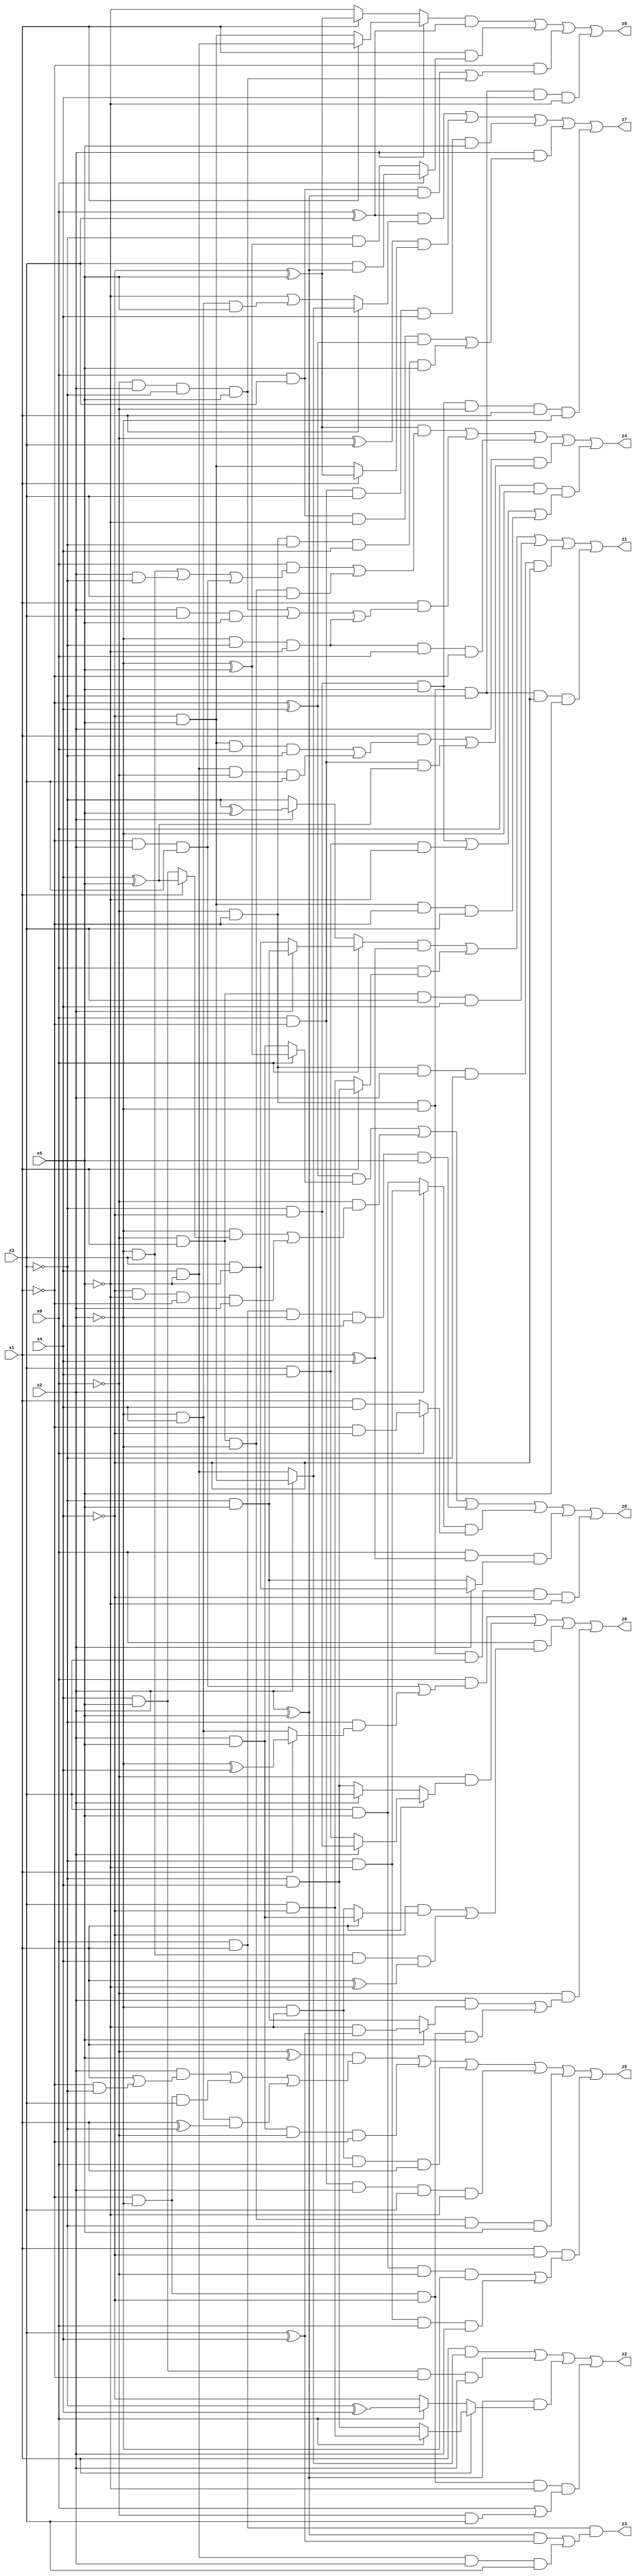
// Benchmark "X_53" written by ABC on Tue Jun 06 22:26:30 2023

module X_53 ( 
    x0, x1, x2, x3, x4, x5,
    z0, z1, z2, z3, z4, z5, z6, z7, z8  );
  input  x0, x1, x2, x3, x4, x5;
  output z0, z1, z2, z3, z4, z5, z6, z7, z8;
  assign z0 = ((x2 ? (x1 ? (x4 & ~x5) : (~x4 & x5)) : (x1 ? (~x4 ^ x5) : ~x5)) & (x0 ^ x3)) | (x1 & (x0 ? (x3 & (x2 ^ x5)) : (~x3 & (~x2 ^ x5)))) | (~x1 & ((x0 & x3 & (x2 ^ x5)) | (~x0 & x2 & ~x3 & x5))) | (~x0 & ~x1 & ~x2 & ~x3 & x4 & ~x5);
  assign z1 = ((x0 ? (x2 ? (~x3 & x5) : (x3 & ~x5)) : (x2 ? (~x3 ^ x5) : ~x3)) & (x1 ^ x4)) | (x0 & (x1 ? (~x3 & x4) : (x3 & ~x4))) | (~x0 & x1 & x3 & x4) | (~x0 & ~x1 & x2 & ~x3 & ~x4) | (~x0 & ~x1 & ~x2 & ~x3 & ~x4 & x5);
  assign z2 = (x1 & (x2 ? (~x4 & x5) : (x4 & ~x5))) | (x4 & x5 & ~x1 & x2) | ((x2 ^ x5) & (x1 ? (x0 ? (x3 & ~x4) : (~x3 & x4)) : (x0 ? (~x3 ^ x4) : ~x4))) | (~x1 & ~x2 & ~x4 & ~x5 & (x0 | (~x0 & x3)));
  assign z3 = x0 & x1 & (((x2 ^ x5) & (x3 ^ x4)) | (x4 & ~x5 & x2 & x3));
  assign z4 = ((~x4 ^ x5) & ((x0 & ((~x2 & x3) | (x2 & ~x3) | (~x1 & x2 & x3))) | (~x0 & x1 & ~x2 & x3))) | (x1 & ((~x0 & x2 & ~x3 & x5) | (x2 & x3 & x5) | (~x2 & ~x3 & ~x5))) | (~x2 & ~x3 & ~x5 & x0 & ~x1) | (x2 & ((x1 & ((~x4 & x5 & x0 & ~x3) | (x4 & ~x5 & ~x0 & x3))) | (x0 & ~x1 & (x4 ^ x5)))) | (x0 & ~x2 & ((~x3 & ~x4 & x5) | (x3 & x4 & ~x5) | (~x4 & x5 & ~x1 & x3)));
  assign z5 = ((~x0 ^ x5) & ((x2 & (x1 | (~x1 & ~x3))) | (~x1 & ~x2 & x3) | (~x2 & x4 & (x1 ^ ~x3)))) | (x2 & x5 & ~x0 & ~x1) | (~x2 & ~x5 & x0 & x1) | (x0 & ~x1 & x2 & x3 & ~x5) | (~x0 & x1 & ~x2 & ~x3 & x5) | (x1 & ~x4 & ((x3 & x5 & ~x0 & ~x2) | (~x3 & ~x5 & x0 & x2)));
  assign z6 = (x0 & ((~x1 & x2 & x3) | (~x3 & (x1 ? (~x2 ^ x4) : (~x2 & x4))))) | (~x0 & (x1 ? (x2 ? (~x3 & ~x4) : (x3 & x4)) : (x2 ? x3 : (~x3 & x4)))) | (x0 & ((~x4 & (x1 ? (x2 & x5) : (~x2 & ~x5))) | (~x2 & x3 & x4 & (x1 ^ ~x5)))) | (~x0 & ((x2 & (x1 ? (~x5 & (x3 ^ x4)) : (~x3 & x5))) | (~x1 & ~x2 & ~x4 & x5)));
  assign z7 = ((x0 ^ x3) & (x1 ? (x2 ? (~x4 & x5) : (x4 & ~x5)) : (~x5 | (~x2 & x4 & x5)))) | ((~x0 ^ x3) & (x1 ? (~x4 ^ x5) : (~x4 & x5))) | (x0 & ~x1 & x3 & x4 & x5) | (x2 & ((x0 & x3 & ~x5 & (~x1 ^ x4)) | (~x0 & ~x1 & ~x3 & x4 & x5))) | (~x3 & ~x4 & x5 & ~x0 & x1 & ~x2);
  assign z8 = ((~x1 ^ x4) & (x0 ? (~x2 ^ x5) : (x2 & x5))) | (~x0 & ((~x2 & (x1 ? (x4 ^ x5) : (x4 & x5))) | (~x4 & ~x5 & ~x1 & x2))) | (x0 & x1 & ~x2 & x4 & x5) | ((x2 ? (~x3 & ~x5) : (x3 & x5)) & (x0 ? (~x1 & ~x4) : (x1 & x4))) | (x0 & (x1 ^ x4) & (x2 ? (x3 & ~x5) : (~x3 & x5))) | (~x0 & ~x1 & ~x2 & x3 & ~x4 & ~x5);
endmodule